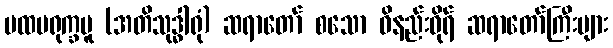
ပထမရုက္ခမူ (အတိသုဒ္ဓါရုံ) ဆရာတော် စသော ဝိနည်းဓိုရ် ဆရာတော်ကြီးများ